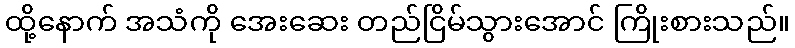
ထို့နောက် အသံကို အေးဆေး တည်ငြိမ်သွားအောင် ကြိုးစားသည်။